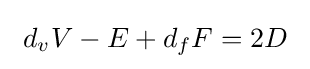
\ d_{v}V-E+d_{f}F=2D~